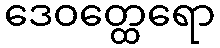
ဒေဝတ္ထေရော